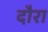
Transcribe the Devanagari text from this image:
दौरा